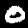
Label: 0